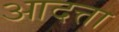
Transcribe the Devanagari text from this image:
आदत्ता